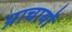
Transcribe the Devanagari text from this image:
प्राचार्यों